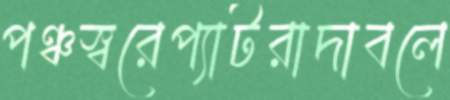
পঞ্চস্বরেপ্যাটরাদাবলে